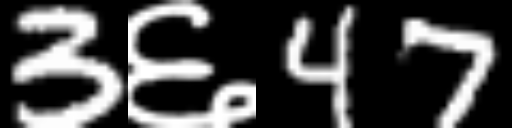
Text: 3६47